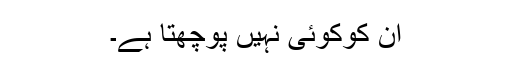
ان کوکوئی نہیں پوچھتا ہے۔